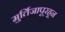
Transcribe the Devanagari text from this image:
मुर्तिजापूरहून